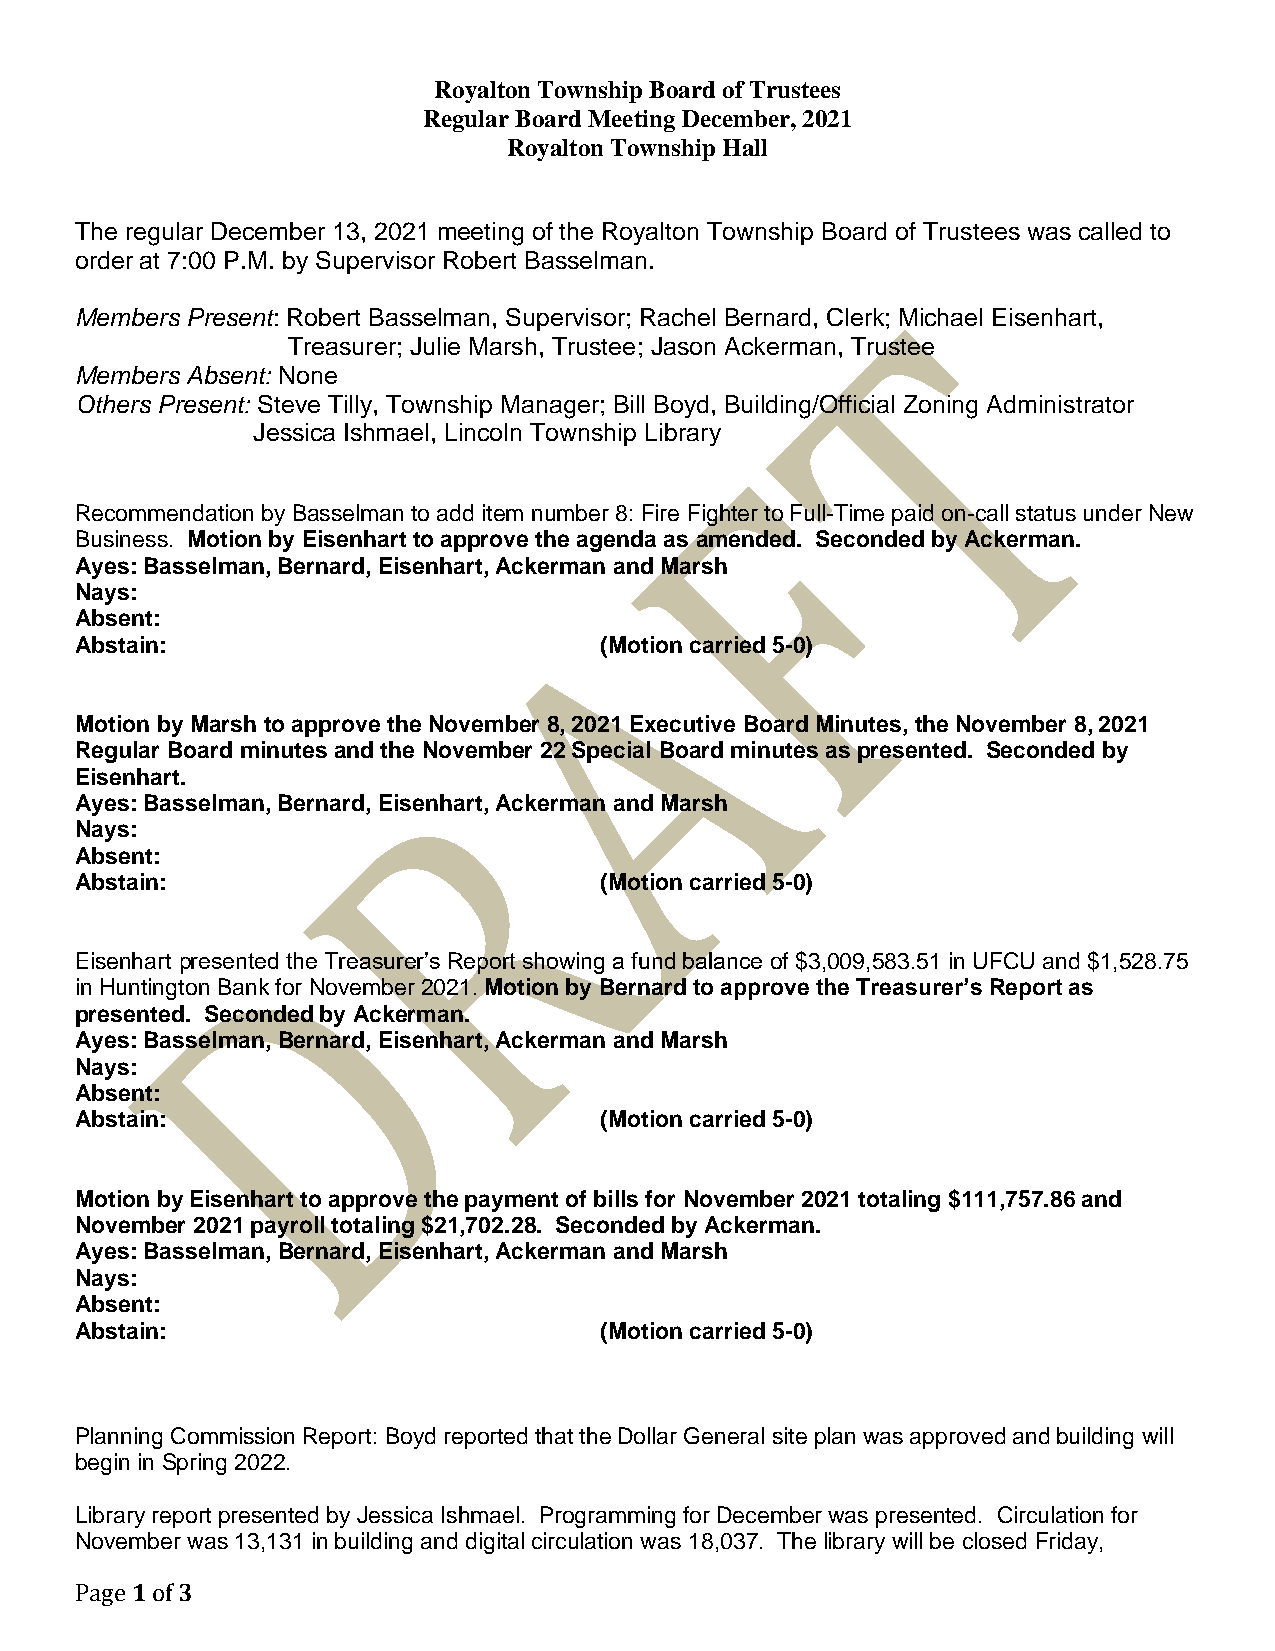
Royalton Township Board of Trustees
 Regular Board Meeting December, 2021
 Royalton Township Hall
 The regular December 13, 2021 meeting of the Royalton Township Board of Trustees was called to
 order at 7:00 P.M. by Supervisor Robert Basselman.
 Members Present: Robert Basselman, Supervisor; Rachel Bernard, Clerk; Michael Eisenhart,
 Treasurer; Julie Marsh, Trustee; Jason Ackerman, Trustee
 Members Absent: None
 Others Present: Steve Tilly, Township Manager; Bill Boyd, Building/Official Zoning Administrator
 Jessica Ishmael, Lincoln Township Library
 Recommendation by Basselman to add item number 8: Fire Fighter to Full-Time paid on-call status under New
 Business. Motion by Eisenhart to approve the agenda as amended. Seconded by Ackerman.
 Ayes: Basselman, Bernard, Eisenhart, Ackerman and Marsh
 Nays:
 Absent:
 Abstain:                           (Motion carried 5-0)
 Motion by Marsh to approve the November 8, 2021 Executive Board Minutes, the November 8, 2021
 Regular Board minutes and the November 22 Special Board minutes as presented. Seconded by
 Eisenhart.
 Ayes: Basselman, Bernard, Eisenhart, Ackerman and Marsh
 Nays:
 Absent:
 Abstain:                           (Motion carried 5-0)
 Eisenhart presented the Treasurer’s Report showing a fund balance of $3,009,583.51 in UFCU and $1,528.75
 in Huntington Bank for November 2021. Motion by Bernard to approve the Treasurer’s Report as
 presented. Seconded by Ackerman.
 Ayes: Basselman, Bernard, Eisenhart, Ackerman and Marsh
 Nays:
 Absent:
 Abstain:                           (Motion carried 5-0)
 Motion by Eisenhart to approve the payment of bills for November 2021 totaling $111,757.86 and
 November 2021 payroll totaling $21,702.28. Seconded by Ackerman.
 Ayes: Basselman, Bernard, Eisenhart, Ackerman and Marsh
 Nays:
 Absent:
 Abstain:                           (Motion carried 5-0)
 Planning Commission Report: Boyd reported that the Dollar General site plan was approved and building will
 begin in Spring 2022.
 Library report presented by Jessica Ishmael. Programming for December was presented. Circulation for
 November was 13,131 in building and digital circulation was 18,037. The library will be closed Friday,
 Page 1 of 3